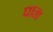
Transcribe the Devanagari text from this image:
घाता